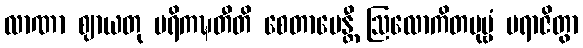
လာဏာ ဈာယတု ပရိကဍ္ဎတီတိ စေတာပေန္တီ ဩလောကိတပုဗ္ဗံ ပရာဇိတွာ